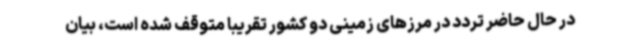
در حال حاضر تردد در مرزهای زمینی دو کشور تقریبا متوقف شده است، بیان